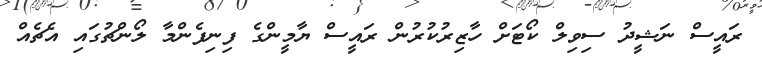
ރައީސް ނަޝީދު ސިވިލް ކޯޓަށް ހާޒިރުކުރުން ރައީސް ޔާމީންގެ ފިނިފެންމާ ލޯންޗުގައި އެޗެއް